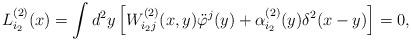
LaTeX: \begin{align*}L_{i_2}^{(2)}(x)=\int d^2y \left[W_{i_2j}^{(2)}(x,y)\ddot\varphi^j(y) +\alpha^{(2)}_{i_2}(y)\delta^2(x-y)\right]=0,\end{align*}